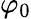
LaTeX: \varphi_{0}